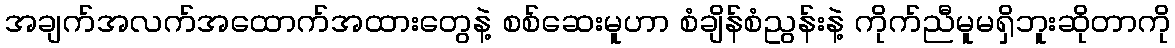
အချက်အလက်အထောက်အထားတွေနဲ့ စစ်ဆေးမူဟာ စံချိန်စံညွန်းနဲ့ ကိုက်ညီမူမရှိဘူးဆိုတာကို